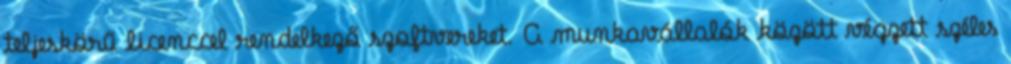
teljeskörű licenccel rendelkező szoftvereket. A munkavállalók között végzett széles